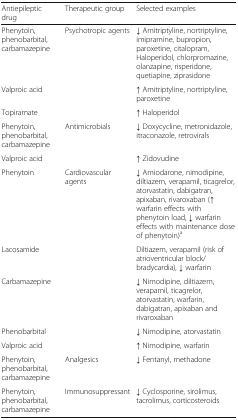
<table><thead><tr><td><b>Antiepileptic drug</b></td><td><b>Therapeutic group</b></td><td><b>Selected examples</b></td></tr></thead><tbody><tr><td>Phenytoin, phenobarbital, carbamazepine</td><td rowspan="3">Psychotropic agents</td><td>↓ Amitriptyline, nortriptyline, imipramine, bupropion, paroxetine, citalopram, Haloperidol, chlorpromazine, olanzapine, risperidone, quetiapine, ziprasidone</td></tr><tr><td>Valproic acid</td><td>↑ Amitriptyline, nortriptyline, paroxetine</td></tr><tr><td>Topiramate</td><td>↑ Haloperidol</td></tr><tr><td>Phenytoin, phenobarbital, carbamazepine</td><td rowspan="2">Antimicrobials</td><td>↓ Doxycycline, metronidazole, itraconazole, retrovirals</td></tr><tr><td>Valproic acid</td><td>↑ Zidovudine</td></tr><tr><td>Phenytoin</td><td rowspan="5">Cardiovascular agents</td><td>↓ Amiodarone, nimodipine, diltiazem, verapamil, ticagrelor, atorvastatin, dabigatran, apixaban, rivaroxaban (↑ warfarin effects with phenytoin load, ↓ warfarin effects with maintenance dose of phenytoin)<sup>a</sup></td></tr><tr><td>Lacosamide</td><td>Diltiazem, verapamil (risk of atrioventricular block/bradycardia), ↓ warfarin</td></tr><tr><td>Carbamazepine</td><td>↓ Nimodipine, diltiazem, verapamil, ticagrelor, atorvastatin, warfarin, dabigatran, apixaban and rivaroxaban</td></tr><tr><td>Phenobarbital</td><td>↓ Nimodipine, atorvastatin</td></tr><tr><td>Valproic acid</td><td>↑ Nimodipine, warfarin</td></tr><tr><td>Phenytoin, phenobarbital, carbamazepine</td><td>Analgesics</td><td>↓ Fentanyl, methadone</td></tr><tr><td>Phenytoin, phenobarbital, carbamazepine</td><td>Immunosuppressant</td><td>↓ Cyclosporine, sirolimus, tacrolimus, corticosteroids</td></tr></tbody></table>